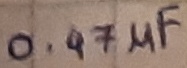
Text: 0.47µF